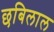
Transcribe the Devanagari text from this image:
छबिलाल